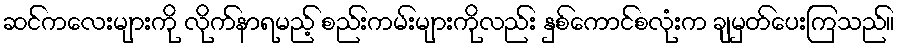
ဆင်ကလေးများကို လိုက်နာရမည့် စည်းကမ်းများကိုလည်း နှစ်ကောင်စလုံးက ချမှတ်ပေးကြသည်။